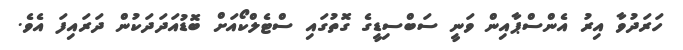
ހަރަދުވާ އިރު އެންސްޕާއިން ވަނީ ސަބްސިޑީގެ ގޮތުގައި ސްޓެލްކޯއަށް ބޮޑުއަދަދަކުން ދަރައިފަ އެވެ.